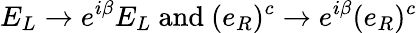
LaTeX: E_{L}\to e^{i\beta}E_{L}{\mathrm{~and~}}(e_{R})^{c}\to e^{i\beta}(e_{R})^{c}